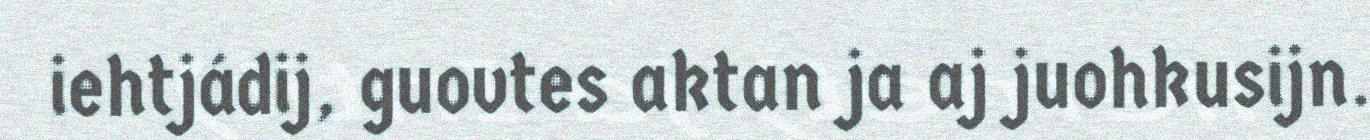
iehtjádij, guovtes aktan ja aj juohkusijn.